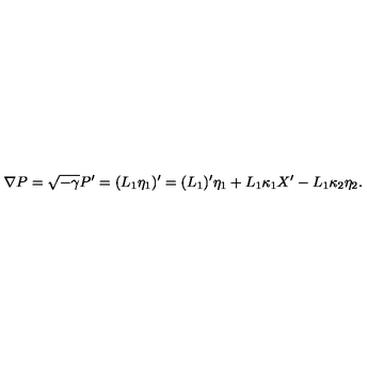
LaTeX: \nabla P = \sqrt { - \gamma } P { } ^ { \prime } = ( L _ { 1 } \eta _ { 1 } ) { } ^ { \prime } = ( L _ { 1 } ) ^ { \prime } \eta _ { 1 } + L _ { 1 } \kappa _ { 1 } X ^ { \prime } - L _ { 1 } \kappa _ { 2 } \eta _ { 2 } .